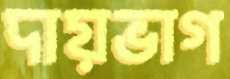
দায়ভাগ